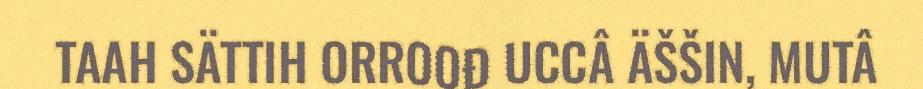
TAAH SÄTTIH ORROOĐ UCCÂ ÄŠŠIN, MUTÂ